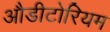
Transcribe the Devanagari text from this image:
औडीटोरियम